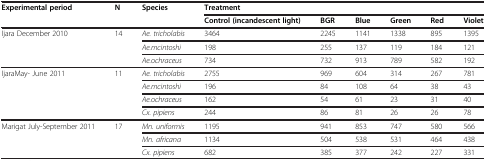
<table><thead><tr><td rowspan="2"><b>Experimental period</b></td><td rowspan="2"><b>N</b></td><td rowspan="2"><b>Species</b></td><td colspan="6"><b>Treatment</b></td></tr><tr><td><b>Control (incandescent light)</b></td><td><b>BGR</b></td><td><b>Blue</b></td><td><b>Green</b></td><td><b>Red</b></td><td><b>Violet</b></td></tr></thead><tbody><tr><td rowspan="3">Ijara December 2010</td><td rowspan="3">14</td><td><i>Ae. tricholabis</i></td><td>3464</td><td>2245</td><td>1141</td><td>1338</td><td>895</td><td>1395</td></tr><tr><td><i>Ae.mcintoshi</i></td><td>198</td><td>255</td><td>137</td><td>119</td><td>184</td><td>121</td></tr><tr><td><i>Ae.ochraceus</i></td><td>734</td><td>732</td><td>913</td><td>789</td><td>582</td><td>192</td></tr><tr><td rowspan="4">IjaraMay- June 2011</td><td rowspan="4">11</td><td><i>Ae. tricholabis</i></td><td>2755</td><td>969</td><td>604</td><td>314</td><td>267</td><td>781</td></tr><tr><td><i>Ae.mcintoshi</i></td><td>196</td><td>84</td><td>108</td><td>64</td><td>38</td><td>43</td></tr><tr><td><i>Ae.ochraceus</i></td><td>162</td><td>54</td><td>61</td><td>23</td><td>31</td><td>40</td></tr><tr><td><i>Cx. pipiens</i></td><td>244</td><td>86</td><td>81</td><td>26</td><td>26</td><td>78</td></tr><tr><td rowspan="3">Marigat July-September 2011</td><td rowspan="3">17</td><td><i>Mn. uniformis</i></td><td>1195</td><td>941</td><td>853</td><td>747</td><td>580</td><td>566</td></tr><tr><td><i>Mn. africana</i></td><td>1134</td><td>504</td><td>538</td><td>531</td><td>464</td><td>438</td></tr><tr><td><i>Cx. pipiens</i></td><td>682</td><td>385</td><td>377</td><td>242</td><td>227</td><td>331</td></tr></tbody></table>